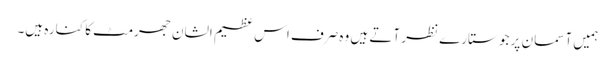
ہمیں آسما ن پر جو ستارے نظر آتے ہیں وہ صرف اس عظیم الشان جھرمٹ کا کنارہ ہیں۔